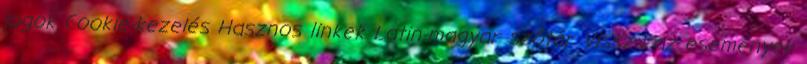
jogok Cookie-kezelés Hasznos linkek Latin-magyar szótár Vissza az események